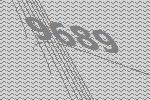
9689